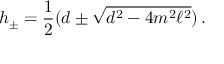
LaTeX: h _ { \pm } = \frac { 1 } { 2 } ( d \pm \sqrt { d ^ { 2 } - 4 m ^ { 2 } \ell ^ { 2 } } ) \, .